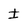
Character: I